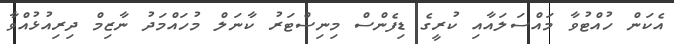
އެކަން ހުއްޓުވާ މައްސަލައާއި ކުރީގެ ޑިފެންސް މިނިސްޓަރު ކާނަލް މުހައްމަދު ނާޒިމް ދިރިއުޅުއްވާ